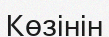
Көзінін